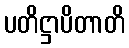
ပတိဋ္ဌာပိတာတိ